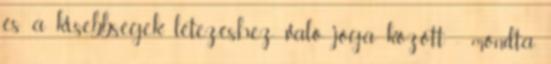
és a kisebbségek létezéshez való joga között - mondta